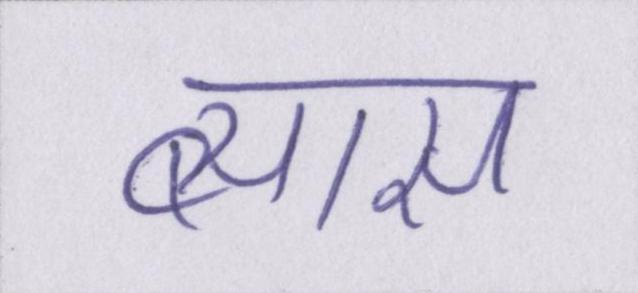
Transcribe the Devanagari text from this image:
ब्यास